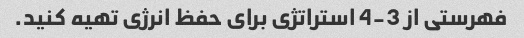
فهرستی از 3-4 استراتژی برای حفظ انرژی تهیه کنید.